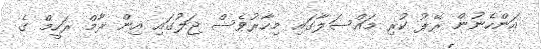
އަންހެނުން ރޭޕު ކުރި މައްސަލާގައި މިހާރުވެސް ޖަލުގައި އިން ރާމް ރަހީމް ގެ